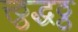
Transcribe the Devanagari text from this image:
त्त्ठ्ठद्धठ्ठ